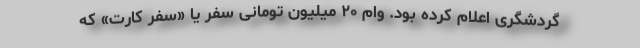
گردشگری اعلام کرده بود. وام ۲۰ میلیون تومانی سفر یا «سفر کارت» که